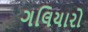
ગલિયારો